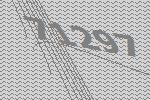
71297